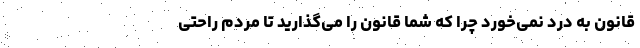
قانون به درد نمی‌خورد چرا که شما قانون را می‌گذارید تا مردم راحتی